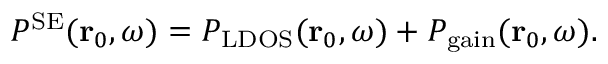
\begin{array} { r } { P ^ { \mathrm { S E } } ( \mathbf { r } _ { 0 } , \omega ) = P _ { \mathrm { L D O S } } ( \mathbf { r } _ { 0 } , \omega ) + P _ { \mathrm { g a i n } } ( \mathbf { r } _ { 0 } , \omega ) . } \end{array}